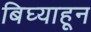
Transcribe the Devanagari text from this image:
बिघ्याहून